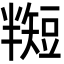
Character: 𬑵